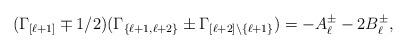
LaTeX: \begin{align*}(\Gamma_{[\ell+1]}\mp 1/2)(\Gamma_{\{\ell+1,\ell+2\}}\pm \Gamma_{[\ell+2]\setminus \{\ell+1\}})=-A_{\ell}^{\pm}-2B_{\ell}^{\pm},\end{align*}